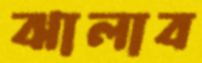
ঝালাব